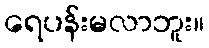
ရေပန်းမလာဘူး။